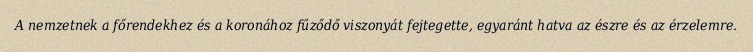
A nemzetnek a főrendekhez és a koronához fűződő viszonyát fejtegette, egyaránt hatva az észre és az érzelemre.